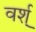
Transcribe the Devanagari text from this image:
वर्श्